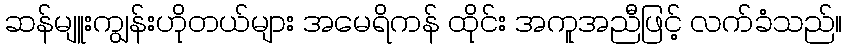
ဆန်မျူးကျွန်းဟိုတယ်များ အမေရိကန် ထိုင်း အကူအညီဖြင့် လက်ခံသည်။